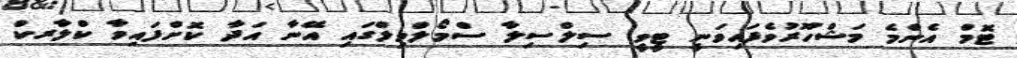
ޓޮމް އެންމެ މަޝްހޫރުވެފައިވަނީ ޓީވީ ސިލްސިލާ ސްމޯލްވިލްގައި އޭނާ އަދާ ކޮށްފައިވާ ކްލާރކް